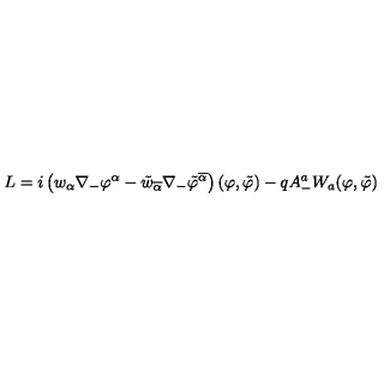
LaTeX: L = i \left( w _ { \alpha } \nabla _ { - } \varphi ^ { \alpha } - \tilde { w } _ { \overline { { \alpha } } } \nabla _ { - } \tilde { \varphi } ^ { \overline { { \alpha } } } \right) ( \varphi , \tilde { \varphi } ) - q A _ { - } ^ { a } { W } _ { a } ( \varphi , \tilde { \varphi } )